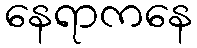
နေရာကနေ